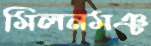
মিলনমঞ্চ